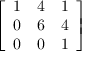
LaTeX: \left[ \begin{array} { l l l } { 1 } & { 4 } & { 1 } \\ { 0 } & { 6 } & { 4 } \\ { 0 } & { 0 } & { 1 } \end{array} \right]